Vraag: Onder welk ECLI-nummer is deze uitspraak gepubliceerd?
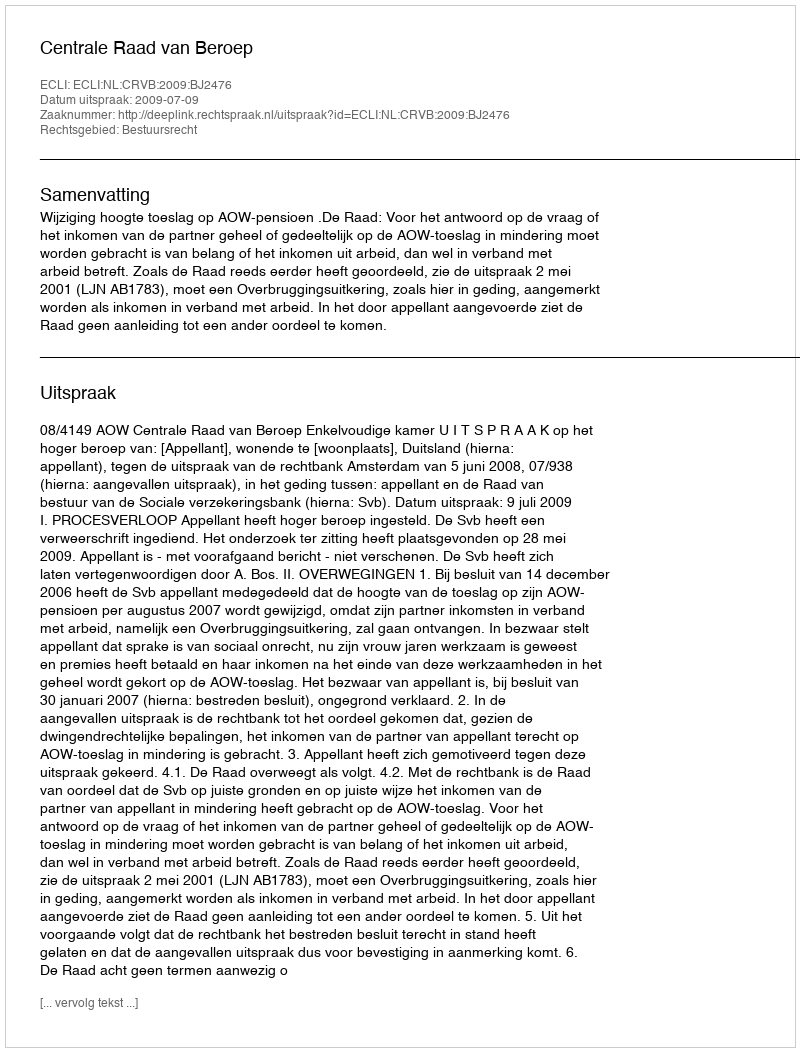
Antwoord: ECLI:NL:CRVB:2009:BJ2476